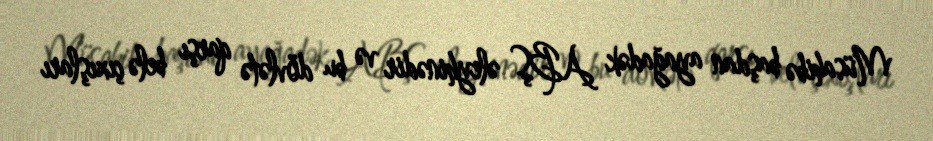
Müsahibə başdan ayağadək ABŞ əleyhinədir və bu dövlətə qarşı belə çıxışları